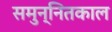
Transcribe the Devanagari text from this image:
समुन्नितकाल